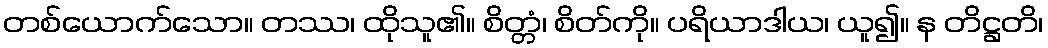
တစ်ယောက်သော။ တဿ၊ ထိုသူ၏။ စိတ္တံ၊ စိတ်ကို။ ပရိယာဒါယ၊ ယူ၍။ န တိဋ္ဌတိ၊